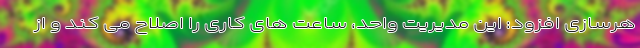
هرسازی افزود: این مدیریت واحد، ساعت های کاری را اصلاح می کند و از